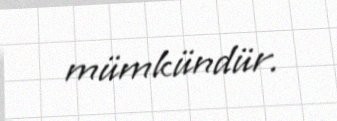
mümkündür.